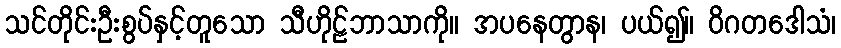
သင်တိုင်းဦးစွပ်နှင့်တူသော သီဟိုဠ်ဘာသာကို။ အပနေတွာန၊ ပယ်၍။ ဝိဂတဒေါသံ၊